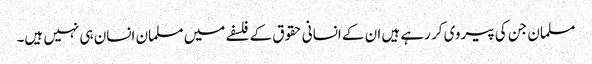
مسلمان جن کی پیروی کر رہے ہیں ان کے انسانی حقوق کے فلسفے میں مسلمان انسان ہی نہیں ہیں۔